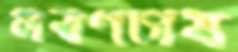
লবণচাষ